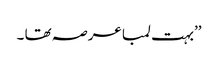
’’بہت لمبا عرصہ تھا ۔